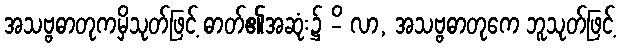
အသဗ္ဗဓာတုကမှိသုတ်ဖြင့် ဓာတ်၏အဆုံး၌ -ိ လာ, အသဗ္ဗဓာတုကေ ဘူသုတ်ဖြင့်